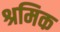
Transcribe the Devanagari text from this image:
श्रमिक